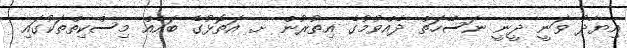
އިޔާދު ވަނީ ދީނީ ނަސޭހަތް ދެއްވުމުގެ އިތުރުން ށ. އަތޮޅުގެ ބައެއް މިސްކިތްތަކުގައި